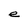
Character: e